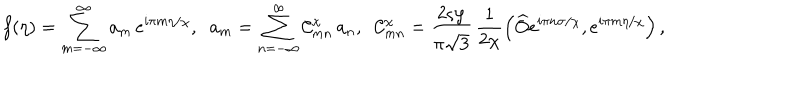
f ( \eta ) = \sum _ { m = - \infty } ^ { \infty } a _ { m } \, e ^ { i \pi m \eta / \chi } , \; \; a _ { m } = \sum _ { n = - \infty } ^ { \infty } { \cal C } _ { m n } ^ { \chi } \, a _ { n } , \; \; { \cal C } _ { m n } ^ { \chi } = \frac { 2 \varsigma \wp } { \pi \sqrt { 3 } } \, \frac { 1 } { 2 \chi } \left( \widehat { O } e ^ { i \pi n \sigma / \chi } , e ^ { i \pi m \eta / \chi } \right) ,